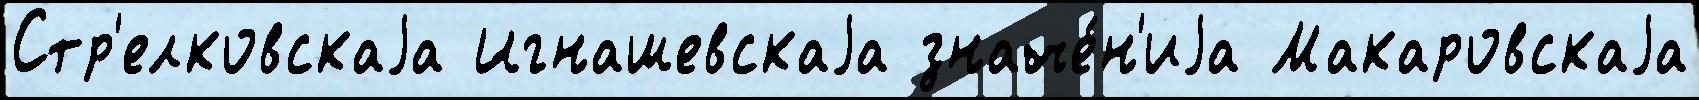
Стр'елковскаjа Игнашевскаjа значе́н'иjа Макаровскаjа